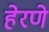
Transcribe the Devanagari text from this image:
हेरणे